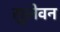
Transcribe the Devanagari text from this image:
सुलेवन